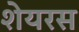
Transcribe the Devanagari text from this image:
शेयरस